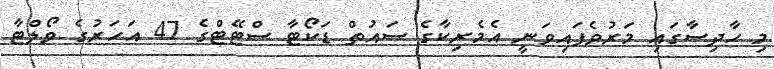
މި ހާދިސާގައި މަރުވެފައިވަނީ އެމެރިކާގެ ސައުތް ޑަކޯޓާ ސްޓޭޓްގެ 47 އަހަރުގެ ވޯލްޓާ